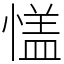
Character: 㦈